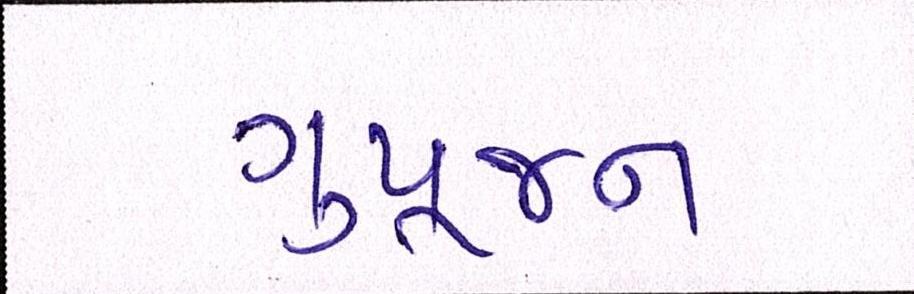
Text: ગુપૂજન